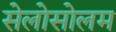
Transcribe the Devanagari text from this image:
सेलोसोलम